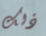
ذلك